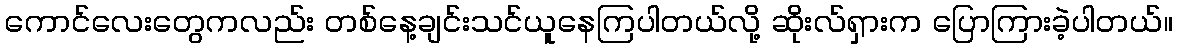
ကောင်လေးတွေကလည်း တစ်နေ့ချင်းသင်ယူနေကြပါတယ်လို့ ဆိုးလ်ရှားက ပြောကြားခဲ့ပါတယ်။